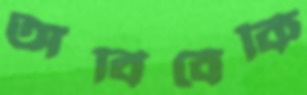
অবিবেকি